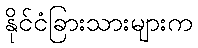
နိုင်ငံခြားသားများက